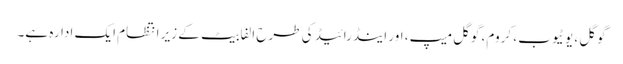
گوگل ، یوٹیوب ، کروم، گوگل میپ، اور اینڈرائیڈ کی طرح الفابیٹ کے زیر انتظام ایک ادارہ ہے۔